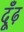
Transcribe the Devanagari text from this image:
दूँढ़